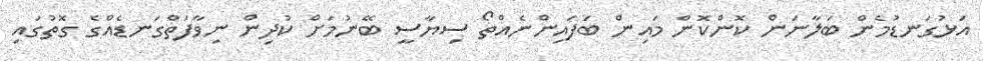
އަޅުގަނޑުމެން ބަލާނަން ކޮންކޮން މައިން ބަފައިންނެއްތޯ ސިޔާސީ ބޭނުމަށް ކުދިން ނިވާފަތްގަނޑެއްގެ ގޮތުގައި